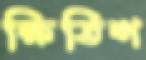
ক্ষিতিশ